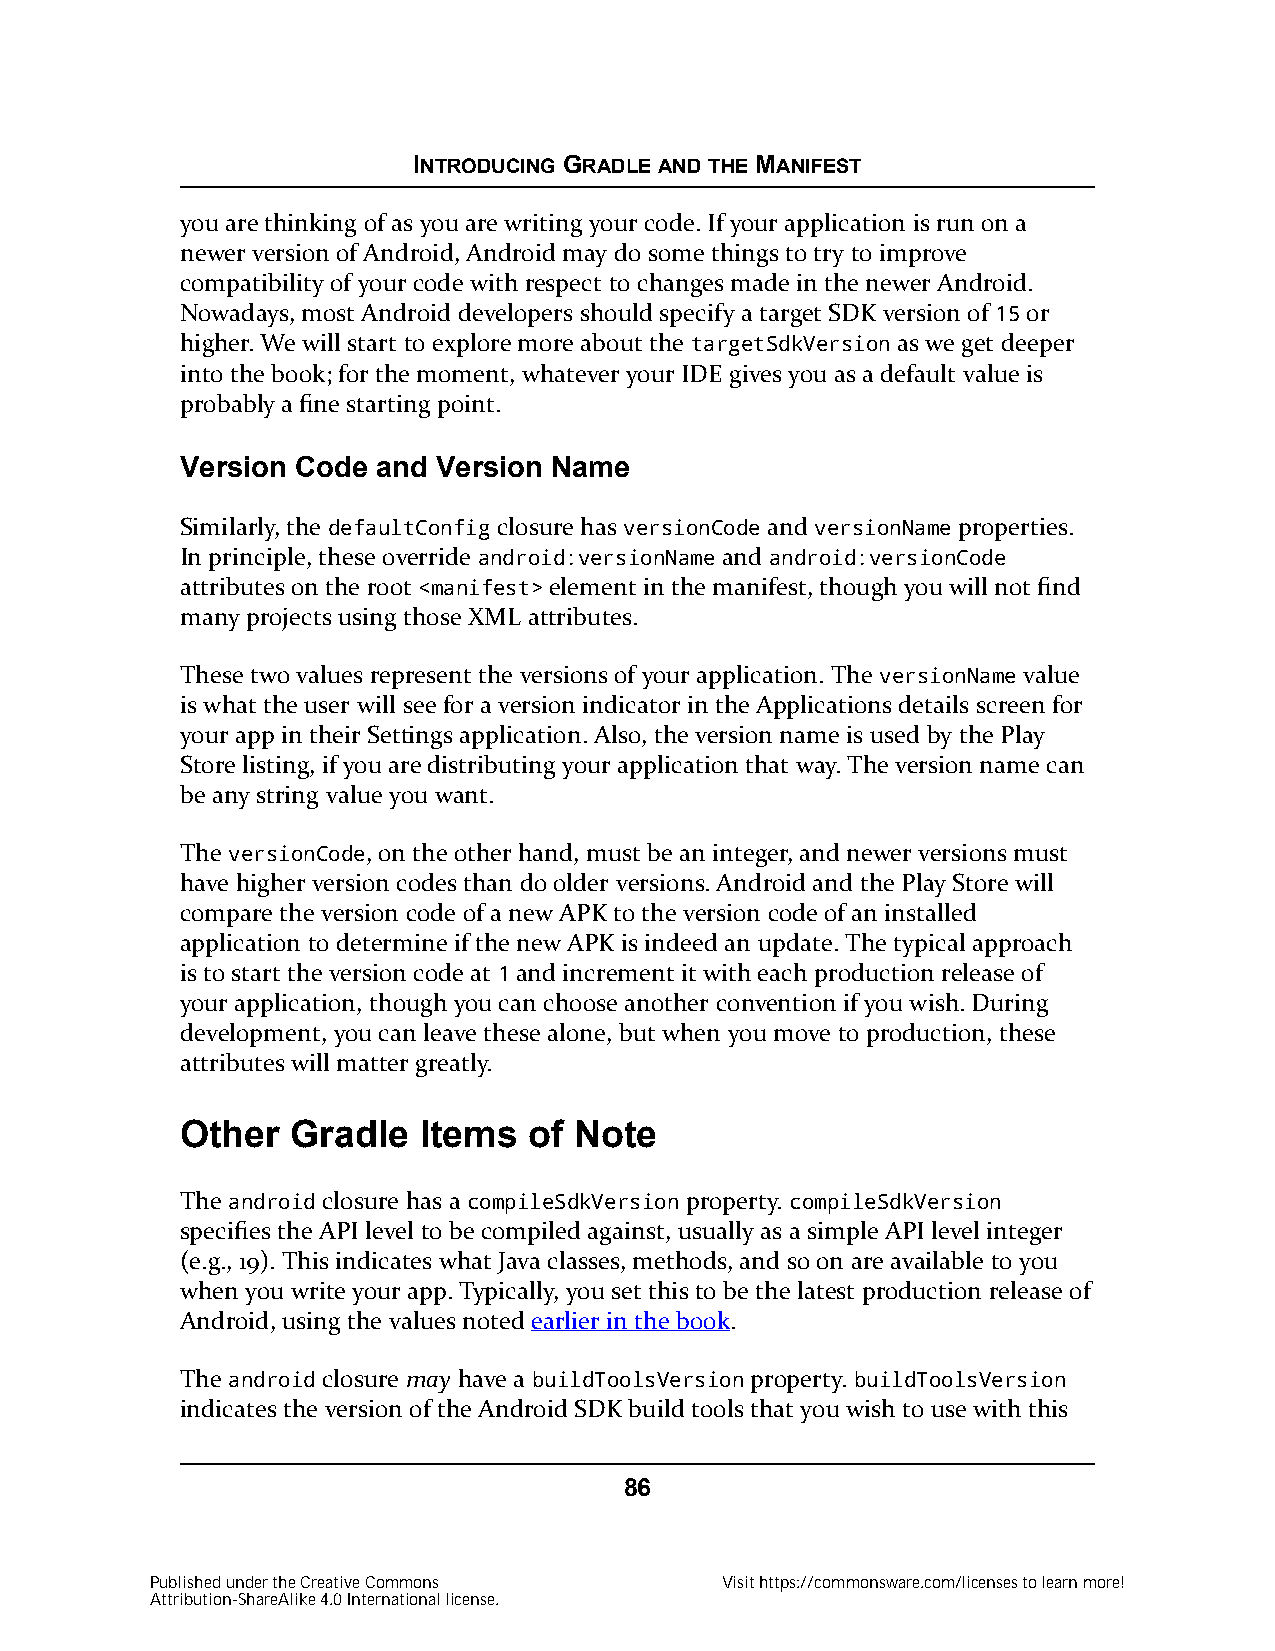
INTRODUCING GRADLE AND THE MANIFEST
 you are thinking of as you are writing your code. If your application is run on a
 newer version of Android, Android may do some things to try to improve
 compatibility of your code with respect to changes made in the newer Android.
 Nowadays, most Android developers should specify a target SDK version of 15 or
 higher. We will start to explore more about the targetSdkVersion as we get deeper
 into the book; for the moment, whatever your IDE gives you as a default value is
 probably a fine starting point.
 Version Code and Version Name
 Similarly, the defaultConfig closure has versionCode and versionName properties.
 In principle, these override android:versionName and android:versionCode
 attributes on the root <manifest> element in the manifest, though you will not find
 many projects using those XML attributes.
 These two values represent the versions of your application. The versionName value
 is what the user will see for a version indicator in the Applications details screen for
 your app in their Settings application. Also, the version name is used by the Play
 Store listing, if you are distributing your application that way. The version name can
 be any string value you want.
 The versionCode, on the other hand, must be an integer, and newer versions must
 have higher version codes than do older versions. Android and the Play Store will
 compare the version code of a new APK to the version code of an installed
 application to determine if the new APK is indeed an update. The typical approach
 is to start the version code at 1 and increment it with each production release of
 your application, though you can choose another convention if you wish. During
 development, you can leave these alone, but when you move to production, these
 attributes will matter greatly.
 Other  Gradle   Items  of Note
 The android closure has a compileSdkVersion property. compileSdkVersion
 specifies the API level to be compiled against, usually as a simple API level integer
 (e.g., 19). This indicates what Java classes, methods, and so on are available to you
 when you write your app. Typically, you set this to be the latest production release of
 Android, using the values noted earlier in the book.
 The android closure may have a buildToolsVersion property. buildToolsVersion
 indicates the version of the Android SDK build tools that you wish to use with this
 86
 Published under the Creative Commons  Visit https://commonsware.com/licenses to learn more!
 Attribution-ShareAlike 4.0 International license.